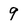
Character: 9